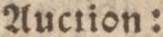
Auction: